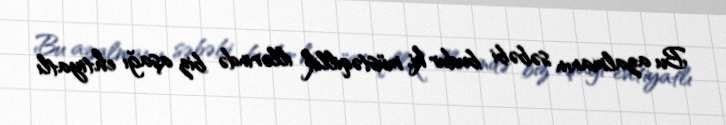
Bu azalmanın səbəbi budur ki, müstəqillik illərində biz aşağı ehtiyatlı